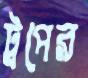
ট্রপের